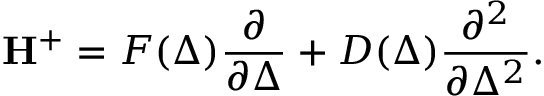
\mathbf { H ^ { + } } = F ( \Delta ) \frac { \partial } { \partial \Delta } + D ( \Delta ) \frac { \partial ^ { 2 } } { \partial \Delta ^ { 2 } } .